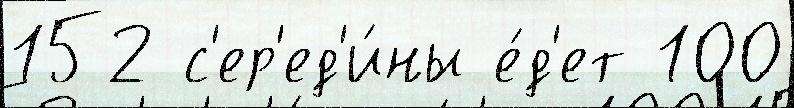
152 с'ер'ед'и́ны е́д'ет 100